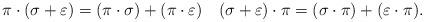
LaTeX: \begin{align*} \pi\cdot(\sigma+\varepsilon) = (\pi\cdot\sigma)+(\pi\cdot\varepsilon) \quad (\sigma+\varepsilon)\cdot\pi = (\sigma\cdot\pi)+(\varepsilon\cdot\pi).\end{align*}